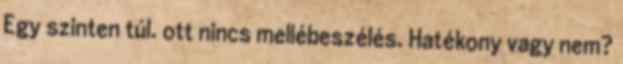
Egy szinten túl. ott nincs mellébeszélés. Hatékony vagy nem?